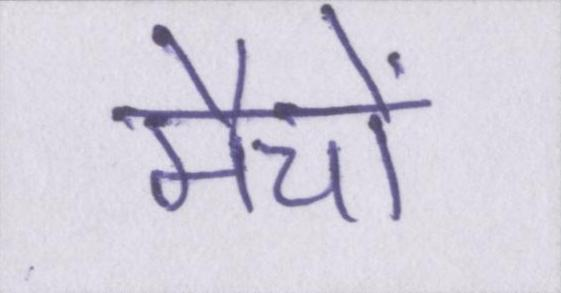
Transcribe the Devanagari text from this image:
मैचों